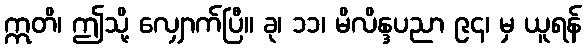
ဣတိ၊ ဤသို့ လျှောက်ပြီ။ ခု၊ ၁၁၊ မိလိန္ဒပညာ ၉၄၊ မှ ယူရန်